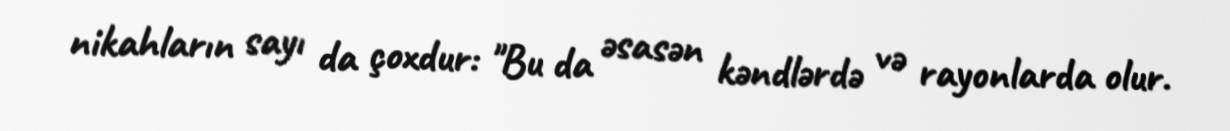
nikahların sayı da çoxdur: "Bu da əsasən kəndlərdə və rayonlarda olur.